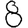
Digit: 8